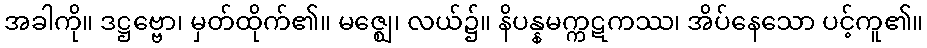
အခါကို။ ဒဋ္ဌဗ္ဗော၊ မှတ်ထိုက်၏။ မဇ္ဈေ၊ လယ်၌။ နိပန္နမက္ကဋကဿ၊ အိပ်နေသော ပင့်ကူ၏။